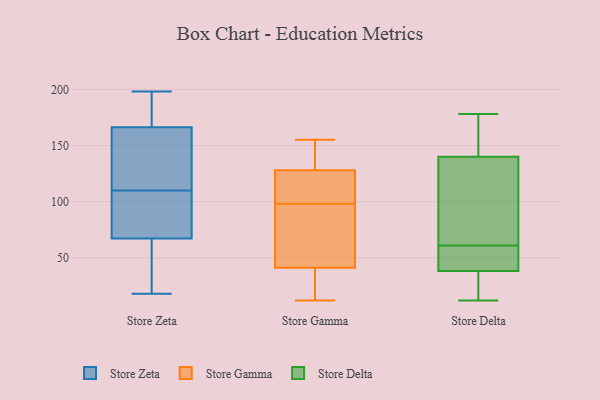
{"axis": {"x": "Satisfaction Score", "y": "Value"}, "legend": ["Store Delta", "Store Gamma", "Store Zeta"], "data": [{"x": "", "y": 195, "type": "Store Zeta"}, {"x": "", "y": 99, "type": "Store Zeta"}, {"x": "", "y": 103, "type": "Store Zeta"}, {"x": "", "y": 114, "type": "Store Zeta"}, {"x": "", "y": 167, "type": "Store Zeta"}, {"x": "", "y": 198, "type": "Store Zeta"}, {"x": "", "y": 87, "type": "Store Zeta"}, {"x": "", "y": 60, "type": "Store Zeta"}, {"x": "", "y": 52, "type": "Store Zeta"}, {"x": "", "y": 110, "type": "Store Zeta"}, {"x": "", "y": 191, "type": "Store Zeta"}, {"x": "", "y": 186, "type": "Store Zeta"}, {"x": "", "y": 164, "type": "Store Zeta"}, {"x": "", "y": 68, "type": "Store Zeta"}, {"x": "", "y": 67, "type": "Store Zeta"}, {"x": "", "y": 24, "type": "Store Zeta"}, {"x": "", "y": 18, "type": "Store Zeta"}, {"x": "", "y": 143, "type": "Store Zeta"}, {"x": "", "y": 150, "type": "Store Zeta"}, {"x": "", "y": 155, "type": "Store Gamma"}, {"x": "", "y": 150, "type": "Store Gamma"}, {"x": "", "y": 143, "type": "Store Gamma"}, {"x": "", "y": 96, "type": "Store Gamma"}, {"x": "", "y": 128, "type": "Store Gamma"}, {"x": "", "y": 103, "type": "Store Gamma"}, {"x": "", "y": 54, "type": "Store Gamma"}, {"x": "", "y": 100, "type": "Store Gamma"}, {"x": "", "y": 50, "type": "Store Gamma"}, {"x": "", "y": 20, "type": "Store Gamma"}, {"x": "", "y": 149, "type": "Store Gamma"}, {"x": "", "y": 107, "type": "Store Gamma"}, {"x": "", "y": 30, "type": "Store Gamma"}, {"x": "", "y": 86, "type": "Store Gamma"}, {"x": "", "y": 41, "type": "Store Gamma"}, {"x": "", "y": 119, "type": "Store Gamma"}, {"x": "", "y": 12, "type": "Store Gamma"}, {"x": "", "y": 12, "type": "Store Gamma"}, {"x": "", "y": 61, "type": "Store Delta"}, {"x": "", "y": 66, "type": "Store Delta"}, {"x": "", "y": 166, "type": "Store Delta"}, {"x": "", "y": 152, "type": "Store Delta"}, {"x": "", "y": 59, "type": "Store Delta"}, {"x": "", "y": 88, "type": "Store Delta"}, {"x": "", "y": 128, "type": "Store Delta"}, {"x": "", "y": 45, "type": "Store Delta"}, {"x": "", "y": 96, "type": "Store Delta"}, {"x": "", "y": 36, "type": "Store Delta"}, {"x": "", "y": 144, "type": "Store Delta"}, {"x": "", "y": 178, "type": "Store Delta"}, {"x": "", "y": 55, "type": "Store Delta"}, {"x": "", "y": 25, "type": "Store Delta"}, {"x": "", "y": 12, "type": "Store Delta"}, {"x": "", "y": 52, "type": "Store Delta"}, {"x": "", "y": 174, "type": "Store Delta"}, {"x": "", "y": 14, "type": "Store Delta"}, {"x": "", "y": 26, "type": "Store Delta"}]}